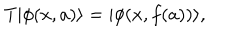
LaTeX: T | \phi ( x , a ) \rangle = | \phi ( x , f ( a ) ) \rangle ,